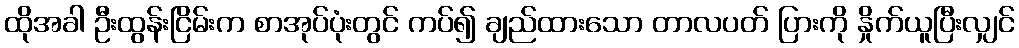
ထိုအခါ ဦးထွန်းငြိမ်းက စာအုပ်ပုံးတွင် ကပ်၍ ချည်ထားသော တာလပတ် ပြားကို နှိုက်ယူပြီးလျှင်